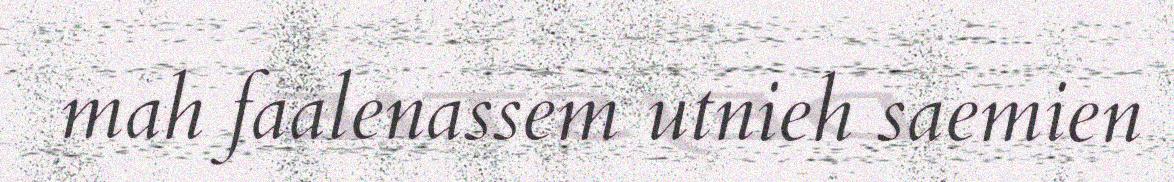
mah faalenassem utnieh saemien